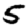
Digit: 5